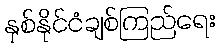
နှစ်နိုင်ငံချစ်ကြည်ရေး